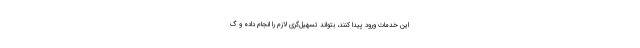
این خدمات ورود پیدا کنند، بتواند تسهیل‌گری لازم را انجام داده و گ